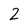
Character: 2